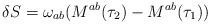
LaTeX: \begin{align*}\delta S=\omega_{ab}(M^{ab}(\tau_2)-M^{ab}(\tau_1))\end{align*}